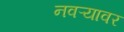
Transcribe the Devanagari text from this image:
नवऱ्यावर